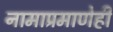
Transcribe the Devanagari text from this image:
नामाप्रमाणेही